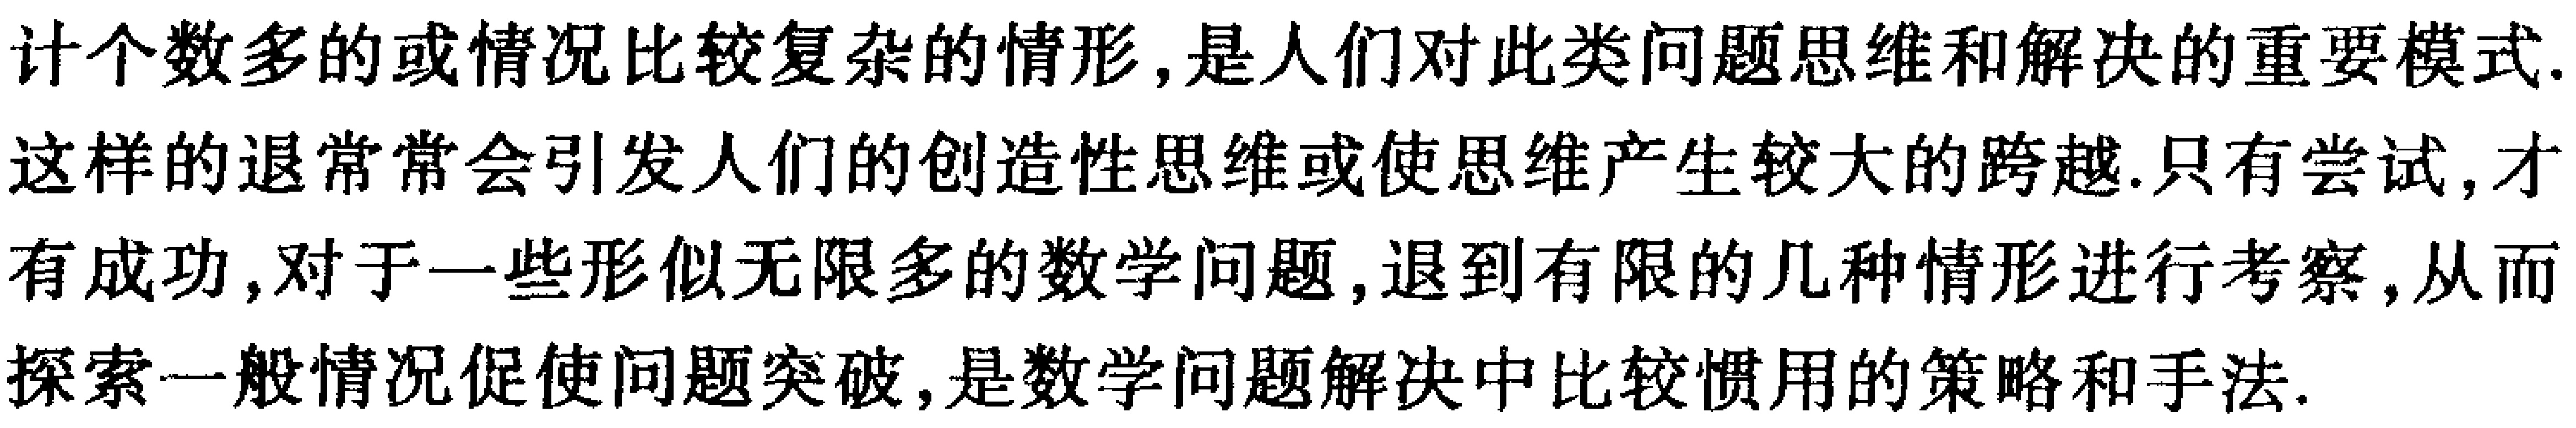
计个数多的或情况比较复杂的情形, 是人们对此类问题思维和解决的重要模式. 这样的退常常会引发人们的创造性思维或使思维产生较大的跨越. 只有尝试, 才有成功, 对于一些形似无限多的数学问题, 退到有限的几种情形进行考察, 从而探索一般情况促使问题突破, 是数学问题解决中比较惯用的策略和手法.